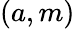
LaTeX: (a,m)